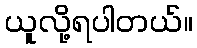
ယူလို့ရပါတယ်။